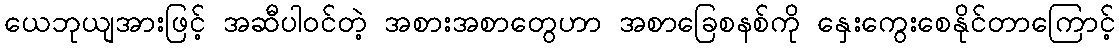
ယေဘုယျအားဖြင့် အဆီပါဝင်တဲ့ အစားအစာတွေဟာ အစာခြေစနစ်ကို နှေးကွေးစေနိုင်တာကြောင့်